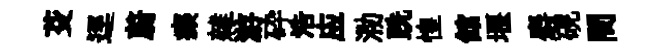
芟逕蔚癡雜游砕浩应泐跣惶館堰麝硯間